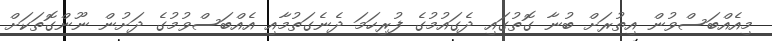
މިއެއްބަސްވުން އިތުރަށް ބުނާ ގޮތުގައި ދެގައުމުގެ ފުރިހަމަ ދެނެގަތުމާއި އެއްބަސްވުމުގެ ދަށުން ނޫންގޮތަކަށް